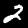
Digit: 2